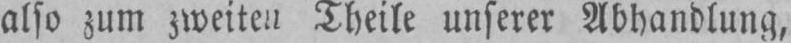
Theile unserer Abhandlung,